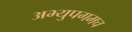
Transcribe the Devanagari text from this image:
अभ्युपगमच